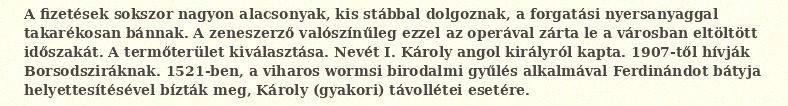
A fizetések sokszor nagyon alacsonyak, kis stábbal dolgoznak, a forgatási nyersanyaggal takarékosan bánnak. A zeneszerző valószínűleg ezzel az operával zárta le a városban eltöltött időszakát. A termőterület kiválasztása. Nevét I. Károly angol királyról kapta. 1907-től hívják Borsodsziráknak. 1521-ben, a viharos wormsi birodalmi gyűlés alkalmával Ferdinándot bátyja helyettesítésével bízták meg, Károly (gyakori) távollétei esetére.